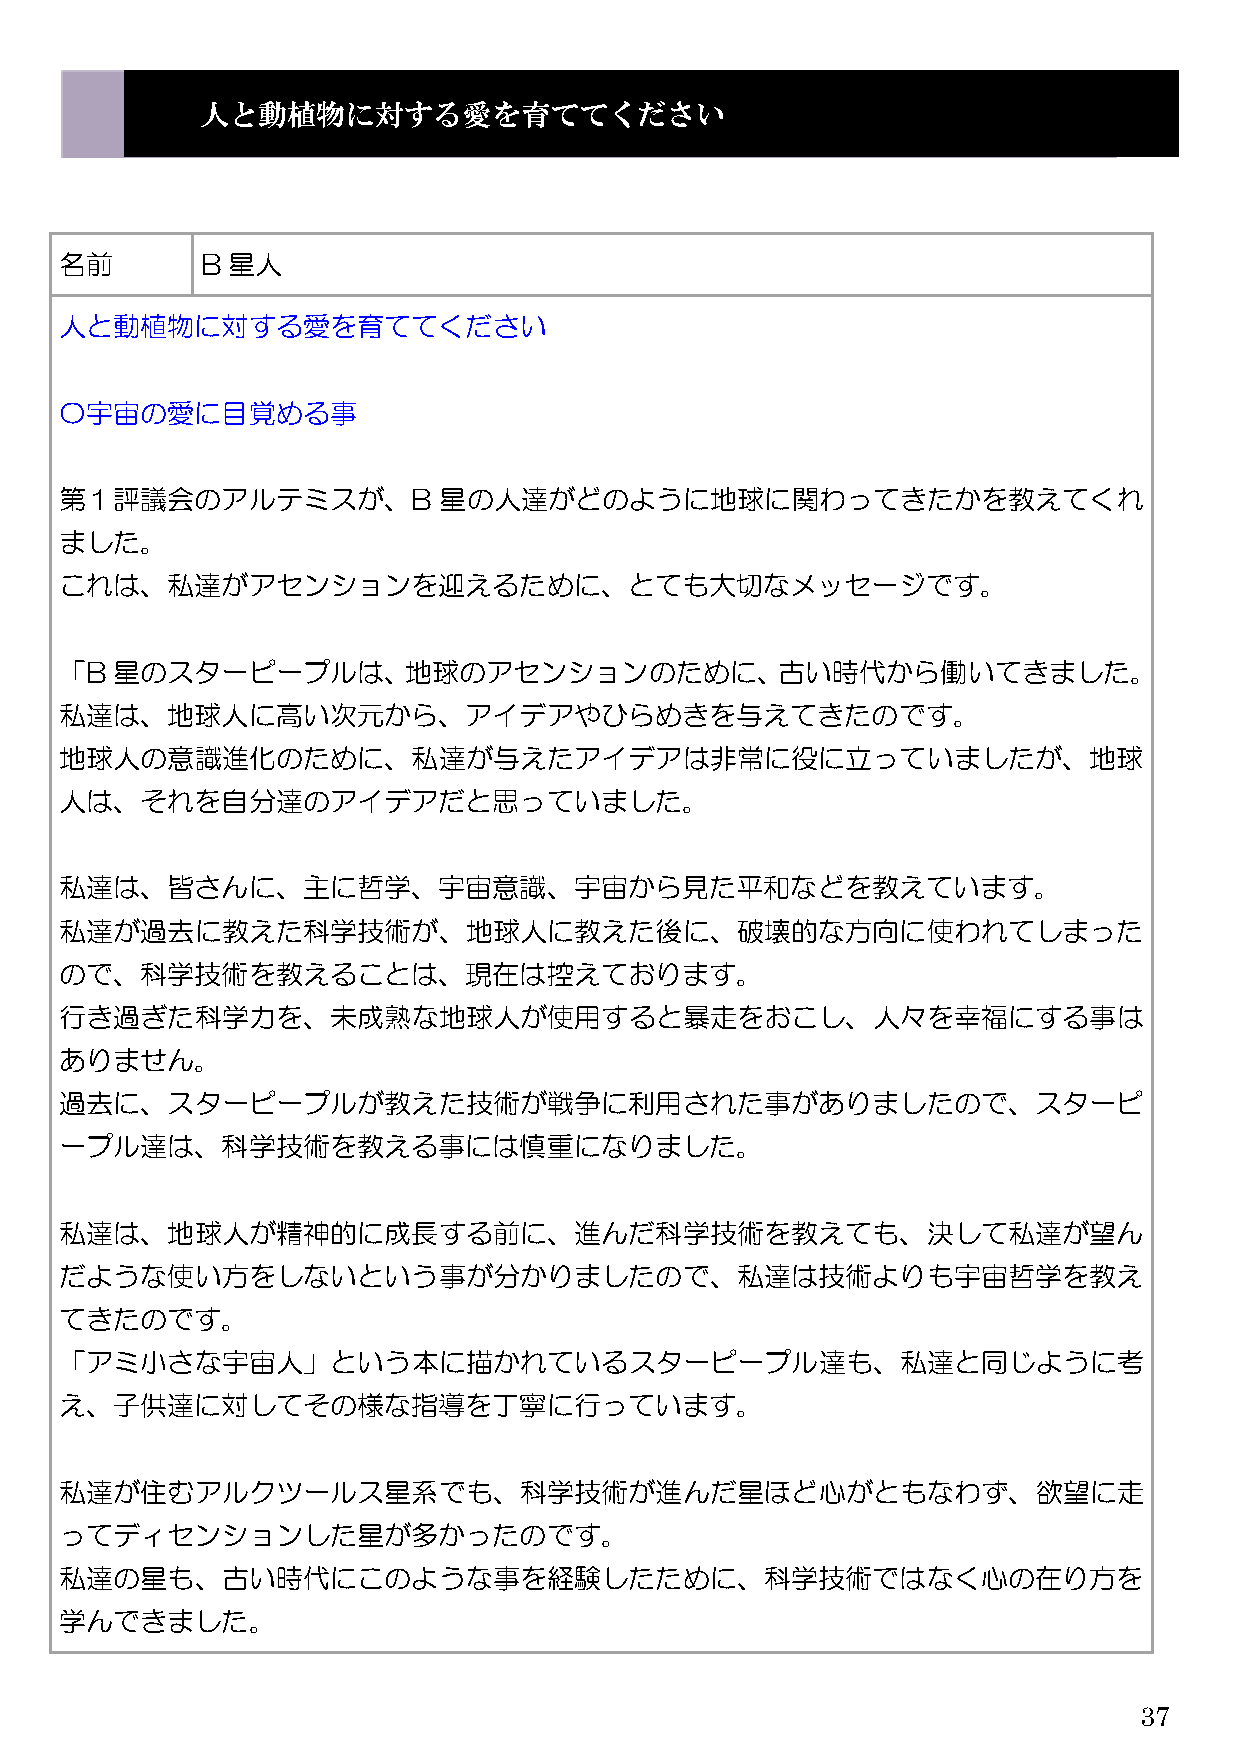
人と動植物に対する愛を育ててください
 名前       B 星人
 人と動植物に対する愛を育ててください
 〇宇宙の愛に目覚める事
 第１評議会のアルテミスが、B           星の人達がどのように地球に関わってきたかを教えてくれ
 ました。
 これは、私達がアセンションを迎えるために、とても大切なメッセージです。
 「B 星のスターピープルは、地球のアセンションのために、古い時代から働いてきました。
 私達は、地球人に高い次元から、アイデアやひらめきを与えてきたのです。
 地球人の意識進化のために、私達が与えたアイデアは非常に役に立っていましたが、地球
 人は、それを自分達のアイデアだと思っていました。
 私達は、皆さんに、主に哲学、宇宙意識、宇宙から見た平和などを教えています。
 私達が過去に教えた科学技術が、地球人に教えた後に、破壊的な方向に使われてしまった
 ので、科学技術を教えることは、現在は控えております。
 行き過ぎた科学力を、未成熟な地球人が使用すると暴走をおこし、人々を幸福にする事は
 ありません。
 過去に、スターピープルが教えた技術が戦争に利用された事がありましたので、スターピ
 ープル達は、科学技術を教える事には慎重になりました。
 私達は、地球人が精神的に成長する前に、進んだ科学技術を教えても、決して私達が望ん
 だような使い方をしないという事が分かりましたので、私達は技術よりも宇宙哲学を教え
 てきたのです。
 「アミ小さな宇宙人」という本に描かれているスターピープル達も、私達と同じように考
 え、子供達に対してその様な指導を丁寧に行っています。
 私達が住むアルクツールス星系でも、科学技術が進んだ星ほど心がともなわず、欲望に走
 ってディセンションした星が多かったのです。
 私達の星も、古い時代にこのような事を経験したために、科学技術ではなく心の在り方を
 学んできました。
 37